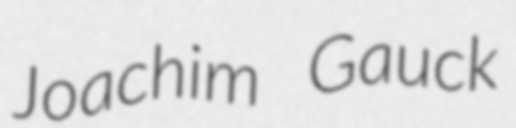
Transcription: Joachim Gauck